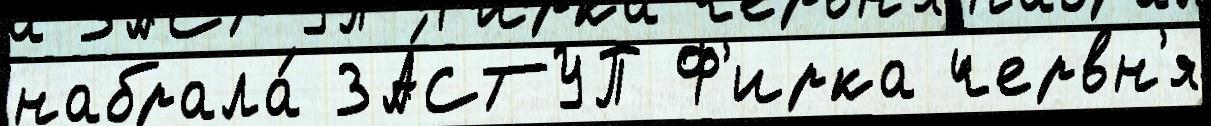
набрала́ ЗА́СТУП Ф'ирка червн'я